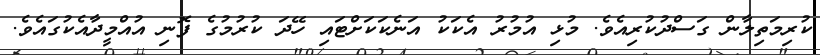
ކުރިމަތިލާން ގަސްދުކުރިއެވެ. މުޅި އުމުރު އެކަކު އަނެކަކަށްޓައި ހޭދަ ކުރުމުގެ ފޮނި އުއްމީދާއެކުގައެވެ.